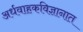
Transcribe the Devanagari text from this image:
अर्धवाहकविज्ञानात